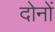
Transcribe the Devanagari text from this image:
दाेनाें